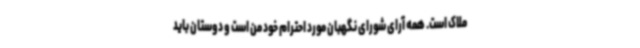
ملاک است. همه آرای شورای نگهبان مورد احترام خود من است و دوستان باید